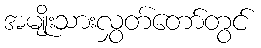
အမျိုးသားလွှတ်တော်တွင်